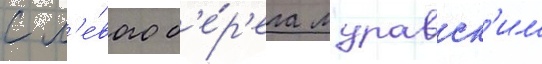
с л'е́вого б'е́р'ега муравск'им